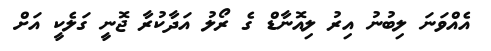
އެއްވަނަ ލިބުނު އިރު ލިއޮނާޑް ގެ ރޯލު އަދާކުރާ ޖޮނީ ގަލެކީ އަށް